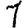
Digit: 1